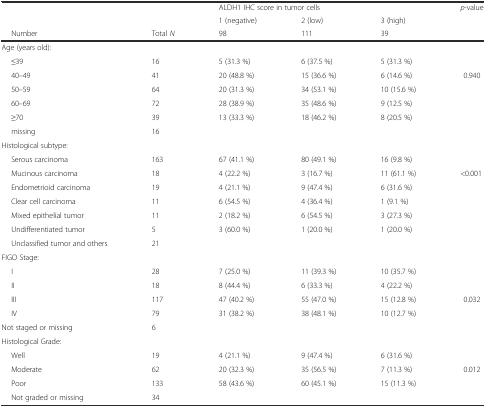
<table><thead><tr><td rowspan="2" colspan="2"></td><td colspan="3"><b>ALDH1 IHC score in tumor cells</b></td><td><b><i>p</i>-value</b></td></tr><tr><td><b>1 (negative)</b></td><td><b>2 (low)</b></td><td><b>3 (high)</b></td><td></td></tr><tr><td><b>Number</b></td><td><b>Total <i>N</i></b></td><td><b>98</b></td><td><b>111</b></td><td><b>39</b></td><td></td></tr></thead><tbody><tr><td>Age (years old):</td><td></td><td></td><td></td><td></td><td></td></tr><tr><td>≤39</td><td>16</td><td>5 (31.3 %)</td><td>6 (37.5 %)</td><td>5 (31.3 %)</td><td></td></tr><tr><td>40–49</td><td>41</td><td>20 (48.8 %)</td><td>15 (36.6 %)</td><td>6 (14.6 %)</td><td>0.940</td></tr><tr><td>50–59</td><td>64</td><td>20 (31.3 %)</td><td>34 (53.1 %)</td><td>10 (15.6 %)</td><td></td></tr><tr><td>60–69</td><td>72</td><td>28 (38.9 %)</td><td>35 (48.6 %)</td><td>9 (12.5 %)</td><td></td></tr><tr><td>≥70</td><td>39</td><td>13 (33.3 %)</td><td>18 (46.2 %)</td><td>8 (20.5 %)</td><td></td></tr><tr><td>missing</td><td>16</td><td></td><td></td><td></td><td></td></tr><tr><td>Histological subtype:</td><td></td><td></td><td></td><td></td><td></td></tr><tr><td>Serous carcinoma</td><td>163</td><td>67 (41.1 %)</td><td>80 (49.1 %)</td><td>16 (9.8 %)</td><td></td></tr><tr><td>Mucinous carcinoma</td><td>18</td><td>4 (22.2 %)</td><td>3 (16.7 %)</td><td>11 (61.1 %)</td><td>&lt;0.001</td></tr><tr><td>Endometrioid carcinoma</td><td>19</td><td>4 (21.1 %)</td><td>9 (47.4 %)</td><td>6 (31.6 %)</td><td></td></tr><tr><td>Clear cell carcinoma</td><td>11</td><td>6 (54.5 %)</td><td>4 (36.4 %)</td><td>1 (9.1 %)</td><td></td></tr><tr><td>Mixed epithelial tumor</td><td>11</td><td>2 (18.2 %)</td><td>6 (54.5 %)</td><td>3 (27.3 %)</td><td></td></tr><tr><td>Undifferentiated tumor</td><td>5</td><td>3 (60.0 %)</td><td>1 (20.0 %)</td><td>1 (20.0 %)</td><td></td></tr><tr><td>Unclassified tumor and others</td><td>21</td><td></td><td></td><td></td><td></td></tr><tr><td>FIGO Stage:</td><td></td><td></td><td></td><td></td><td></td></tr><tr><td>I</td><td>28</td><td>7 (25.0 %)</td><td>11 (39.3 %)</td><td>10 (35.7 %)</td><td></td></tr><tr><td>II</td><td>18</td><td>8 (44.4 %)</td><td>6 (33.3 %)</td><td>4 (22.2 %)</td><td></td></tr><tr><td>III</td><td>117</td><td>47 (40.2 %)</td><td>55 (47.0 %)</td><td>15 (12.8 %)</td><td>0.032</td></tr><tr><td>IV</td><td>79</td><td>31 (38.2 %)</td><td>38 (48.1 %)</td><td>10 (12.7 %)</td><td></td></tr><tr><td>Not staged or missing</td><td>6</td><td></td><td></td><td></td><td></td></tr><tr><td>Histological Grade:</td><td></td><td></td><td></td><td></td><td></td></tr><tr><td>Well</td><td>19</td><td>4 (21.1 %)</td><td>9 (47.4 %)</td><td>6 (31.6 %)</td><td></td></tr><tr><td>Moderate</td><td>62</td><td>20 (32.3 %)</td><td>35 (56.5 %)</td><td>7 (11.3 %)</td><td>0.012</td></tr><tr><td>Poor</td><td>133</td><td>58 (43.6 %)</td><td>60 (45.1 %)</td><td>15 (11.3 %)</td><td></td></tr><tr><td>Not graded or missing</td><td>34</td><td></td><td></td><td></td><td></td></tr></tbody></table>